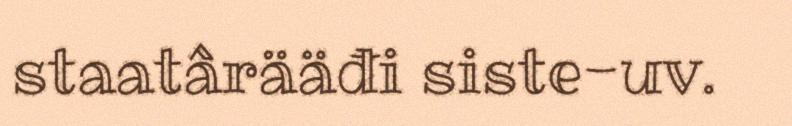
staatârääđi siste-uv.